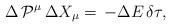
LaTeX: \begin{align*} \Delta \,\mathcal{P}^\mu \, \Delta {X}_\mu =\,-\Delta E \,\delta \tau, \end{align*}